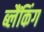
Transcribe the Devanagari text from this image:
ब्लैंकिंग